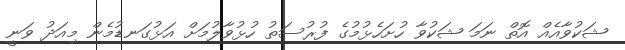
ޝަކުވާއެއް އޮތް ނަމަ ޝަކުވާ ހުށަހެޅުމުގެ ފުރުސަތު ހުޅުވާލުމަށް އަޅުގަނޑުމެން މިއަދު ވަނީ